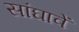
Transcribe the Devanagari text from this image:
सांघावें